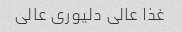
غذا عالی دلیوری عالی